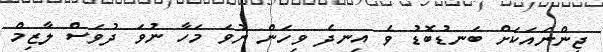
ޖިންނައަކަށް ބަނޑުބޮޑު ވެ އިނދެ ވިހަން ނުވަ މަހާ ނުވަ ދުވަސް ލާޒިމް